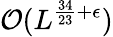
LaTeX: \mathcal{O}(L^{\frac{34}{23}+\epsilon})